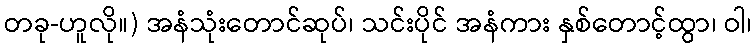
တခု-ဟူလို။) အနံသုံးတောင်ဆုပ်၊ သင်းပိုင် အနံကား နှစ်တောင့်ထွာ၊ ဝါ၊